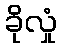
ခိုလှုံ